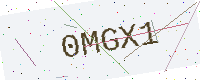
Text: 0MGX1